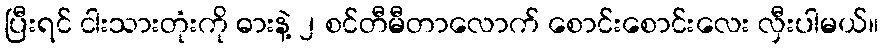
ပြီးရင် ငါးသားတုံးကို ဓားနဲ့ ၂ စင်တီမီတာလောက် စောင်းစောင်းလေး လှီးပါမယ်။